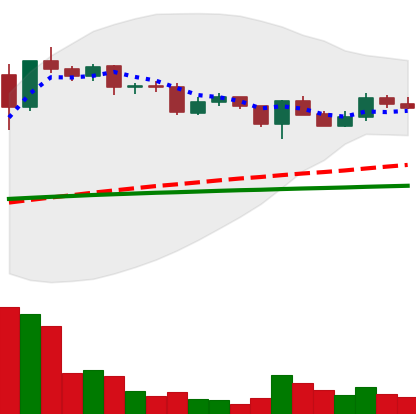
Ticker: XLM-USD
Chart end date: 2020-12-15
Forward return: 6.257%
Label: up_5_7